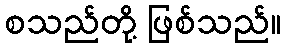
စသည်တို့ ဖြစ်သည်။